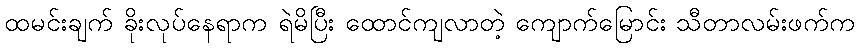
ထမင်းချက် ခိုးလုပ်နေရာက ရဲမိပြီး ထောင်ကျလာတဲ့ ကျောက်မြောင်း သီတာလမ်းဖက်က